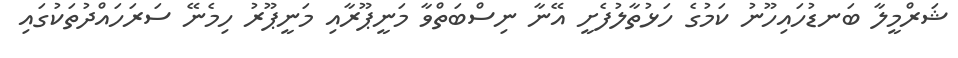
ޝަރްމީލާ ބަނޑުހައިހޫނު ކަމުގެ ހަޅުތާލުފެށީ އޭނާ ނިސްބަތްވާ މަނީޕޫރާއި މަނީޕޫރު ހިމެނޭ ސަރަހައްދުތަކުގައި